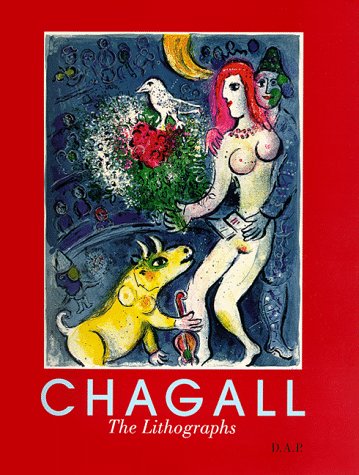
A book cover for Chagall: The Lithographs; Marc Chagall; Arts & Photography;